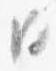
日